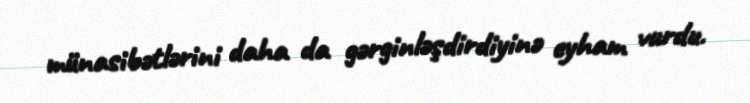
münasibətlərini daha da gərginləşdirdiyinə eyham vurdu.